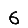
Digit: 6